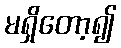
မရှိတော့၍